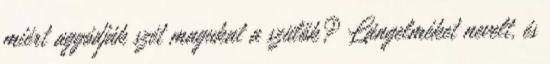
miért aggódják szét magukat a szülők? Lángelméket nevelt, és